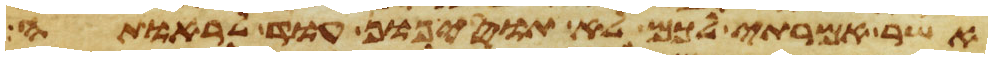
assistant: אשר אמרתי לכם לא תוסיפון עוד לראותה